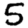
Digit: 5